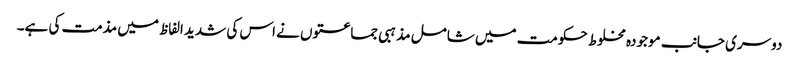
دوسری جانب موجودہ مخلوط حکومت میں شامل مذہبی جماعتوں نے اس کی شدید الفاظ میں مذمت کی ہے۔